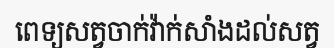
ពេទ្យសត្វចាក់វ៉ាក់សាំងដល់សត្វ